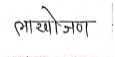
मजकूर: लाखोजण